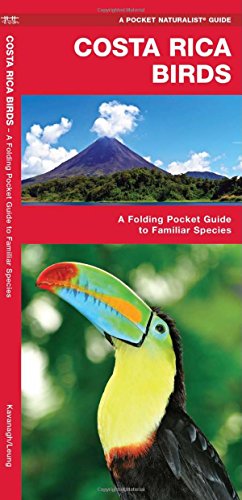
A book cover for Costa Rica Birds: A Folding Pocket Guide to Familiar Species (Pocket Naturalist Guide Series); James Kavanagh; Science & Math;